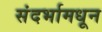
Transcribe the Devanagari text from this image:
संदर्भामधून